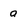
Character: a